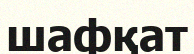
шафқат